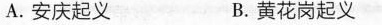
A.安庆起义 B.黄花岗起义